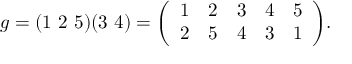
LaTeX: g = ( 1 \ 2 \ 5 ) ( 3 \ 4 ) = { \left( \begin{array} { l l l l l } { 1 } & { 2 } & { 3 } & { 4 } & { 5 } \\ { 2 } & { 5 } & { 4 } & { 3 } & { 1 } \end{array} \right) } .